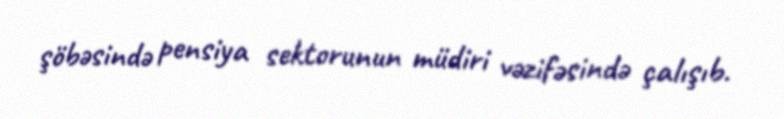
şöbəsində pensiya sektorunun müdiri vəzifəsində çalışıb.